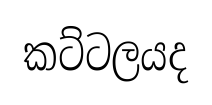
කට්ටලයද